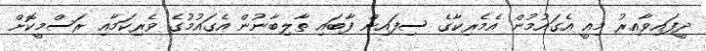
ދީފައިވާއިރު މިއީ އެގައުމުން އެމެރިކާގެ ސިފައިން ފާބައި ތާލިބާނުން އެގައުމުގެ ވެރިކަމާއި ރަސްމީކޮށް